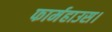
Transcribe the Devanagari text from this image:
फार्महाउस।